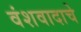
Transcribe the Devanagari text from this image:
वंशवादाचे